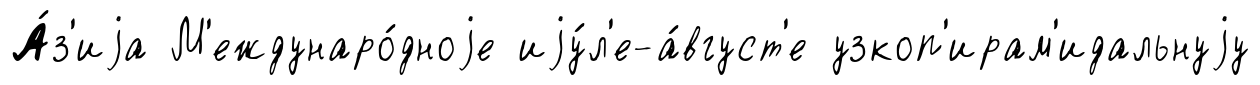
А́з'иjа М'еждунаро́дноjе иjу́л'е-а́вгуст'е узкоп'ирам'идальнуjу